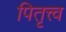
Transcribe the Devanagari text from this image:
पितृत्त्व